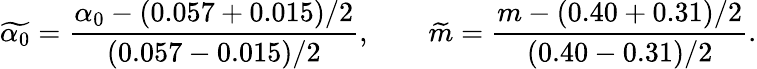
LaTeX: \widetilde{\alpha_{0}}=\frac{\alpha_{0}-(0.057+0.015)/2}{(0.057-0.015)/2},\qquad\widetilde{m}=\frac{m-(0.40+0.31)/2}{(0.40-0.31)/2}.